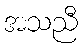
အသညီ